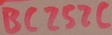
Text: BC252C